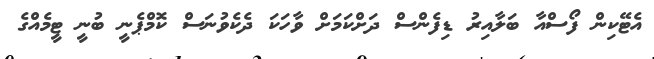
އެޓޭކިން ފޯސްއާ ބަލާއިރު ޑިފެންސް ދަށްކަމަށް ވާހަކަ ދެކެވުނަސް ކޮމްޕެނީ ބުނީ ޓީމެއްގެ